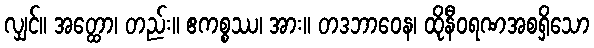
လျှင်။ အတ္ထော၊ တည်း။ ဧကစ္စဿ၊ အား။ တဒဘာဝေန၊ ထိုနီဝရဏအစရှိသော